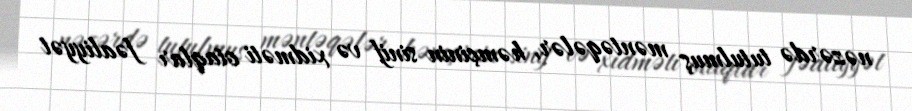
nəzərdə tutulmuş məntəqələr, həmçinin sinif və xidməti otaqlar fəaliyyət